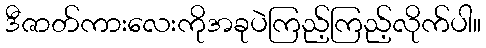
ဒီဇာတ်ကားလေးကိုအခုပဲကြည့်ကြည့်လိုက်ပါ။